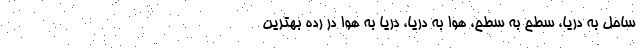
ساحل به دریا، سطح به سطح، هوا به دریا، دریا به هوا در رده بهترین